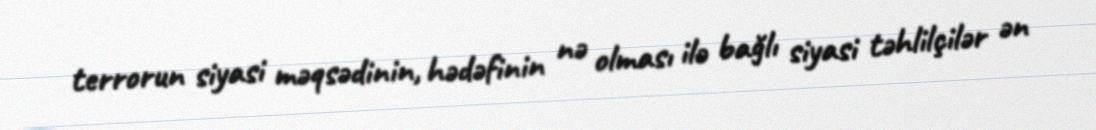
terrorun siyasi məqsədinin, hədəfinin nə olması ilə bağlı siyasi təhlilçilər ən